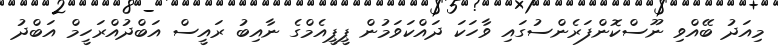
މިއަދު ބޭއްވި ނޫސްކޮންފަރެންސުގައި ވާހަކަ ދައްކަވަމުން ޕީޕީއެމްގެ ނާއިބު ރައީސް އަބްދުއްރަހީމް އަބްދު